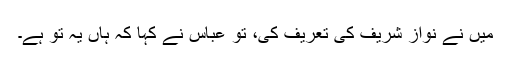
مَیں نے نواز شریف کی تعریف کی، تو عباس نے کہا کہ ہاں یہ تو ہے۔